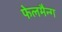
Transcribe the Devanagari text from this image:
फेलमैन्ग